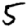
Digit: 5